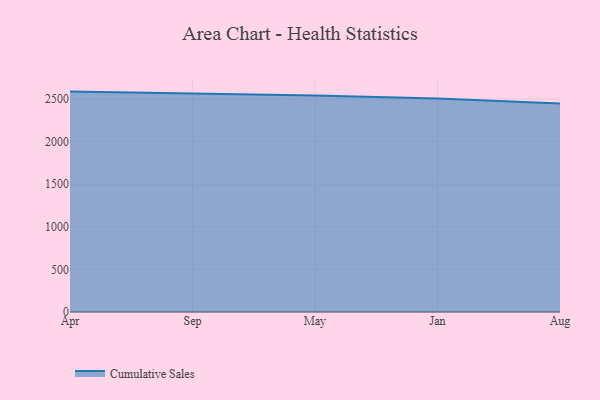
{"axis": {"x": "Month", "y": "Waste Production (Tons)"}, "legend": ["Cumulative Sales"], "data": [{"x": "Apr", "y": 2586.5, "type": "Cumulative Sales"}, {"x": "Sep", "y": 2562.2, "type": "Cumulative Sales"}, {"x": "May", "y": 2540.7, "type": "Cumulative Sales"}, {"x": "Jan", "y": 2505.2, "type": "Cumulative Sales"}, {"x": "Aug", "y": 2446.9, "type": "Cumulative Sales"}]}